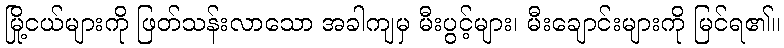
မြို့ငယ်များကို ဖြတ်သန်းလာသော အခါကျမှ မီးပွင့်များ၊ မီးချောင်းများကို မြင်ရ၏။